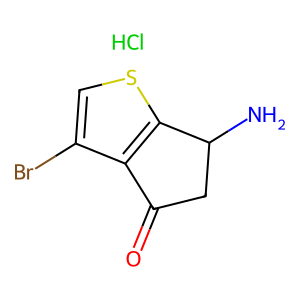
SMILES: Cl.NC1CC(=O)c2c(Br)csc21
Inhibits HIV replication: No